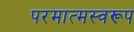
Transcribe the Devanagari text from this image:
परमात्मस्वरूप